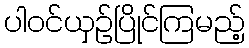
ပါဝင်ယှဉ်ပြိုင်ကြမည့်